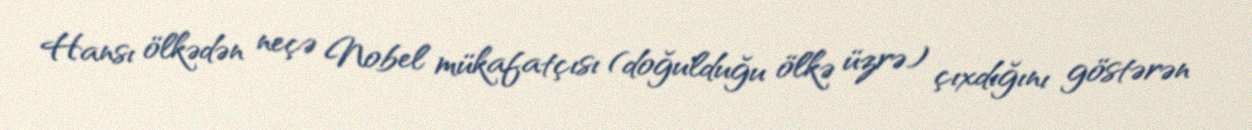
Hansı ölkədən neçə Nobel mükafatçısı (doğulduğu ölkə üzrə) çıxdığını göstərən